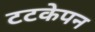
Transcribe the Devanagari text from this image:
टटकेपन